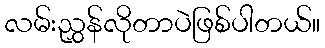
လမ်းညွှန်လိုတာပဲဖြစ်ပါတယ်။